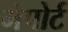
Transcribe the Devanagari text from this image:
मेपोर्ट